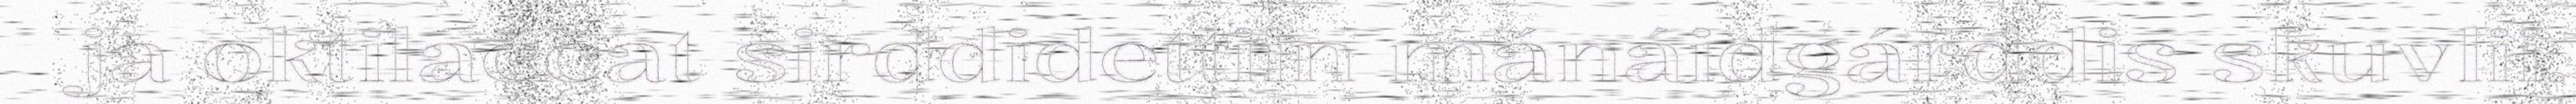
ja oktilaččat sirddidettiin mánáidgárddis skuvlii.